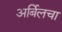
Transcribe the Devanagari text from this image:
अर्बिलचा